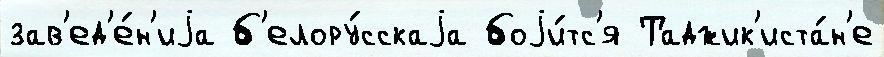
зав'ед'е́н'иjа б'елору́сскаjа боjи́тс'я Таджик'иста́н'е